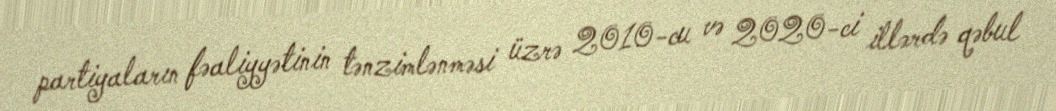
partiyaların fəaliyyətinin tənzimlənməsi üzrə 2010-cu və 2020-ci illərdə qəbul